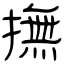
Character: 撫